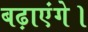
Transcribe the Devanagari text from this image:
बढ़ाएंगे।